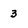
Character: 3